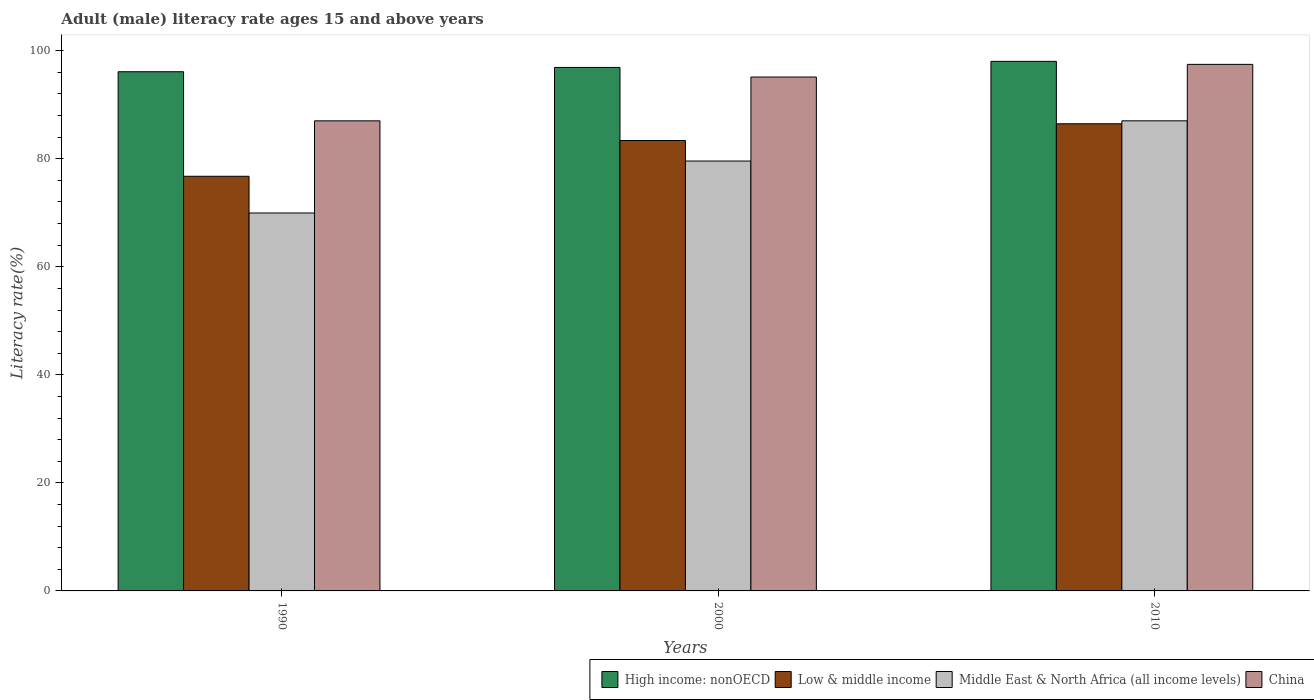
| Years | High income: nonOECD | Low & middle income | Middle East & North Africa (all income levels) | China |
 | --- | --- | --- | --- | --- |
 | 1990 | 96.1 | 76.8 | 70 | 87 |
 | 2000 | 96.9 | 83.4 | 79.6 | 95.1 |
 | 2010 | 98 | 86.5 | 87 | 97.5 |